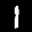
Label: 1